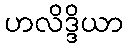
ဟလိဒ္ဒိယာ